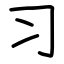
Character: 习